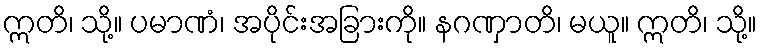
ဣတိ၊ သို့။ ပမာဏံ၊ အပိုင်းအခြားကို။ နဂဏှာတိ၊ မယူ။ ဣတိ၊ သို့။